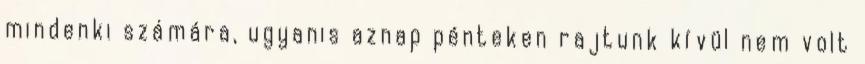
mindenki számára, ugyanis aznap pénteken rajtunk kívül nem volt